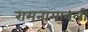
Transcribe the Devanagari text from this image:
रामनामावली